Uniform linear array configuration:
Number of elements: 64
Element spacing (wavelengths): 0.25
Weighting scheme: hann
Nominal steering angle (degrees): -15
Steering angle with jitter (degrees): -16.801
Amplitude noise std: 0.05
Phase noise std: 0.05

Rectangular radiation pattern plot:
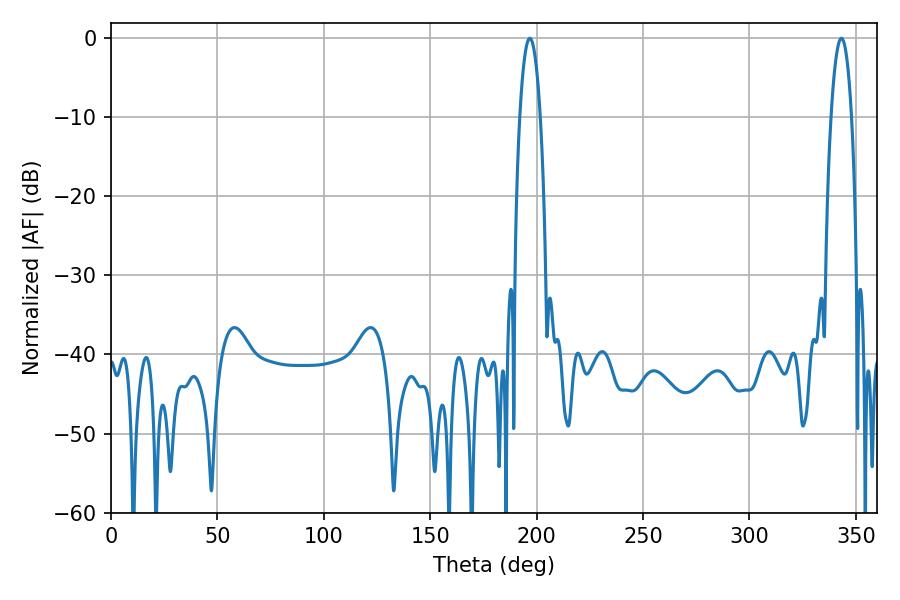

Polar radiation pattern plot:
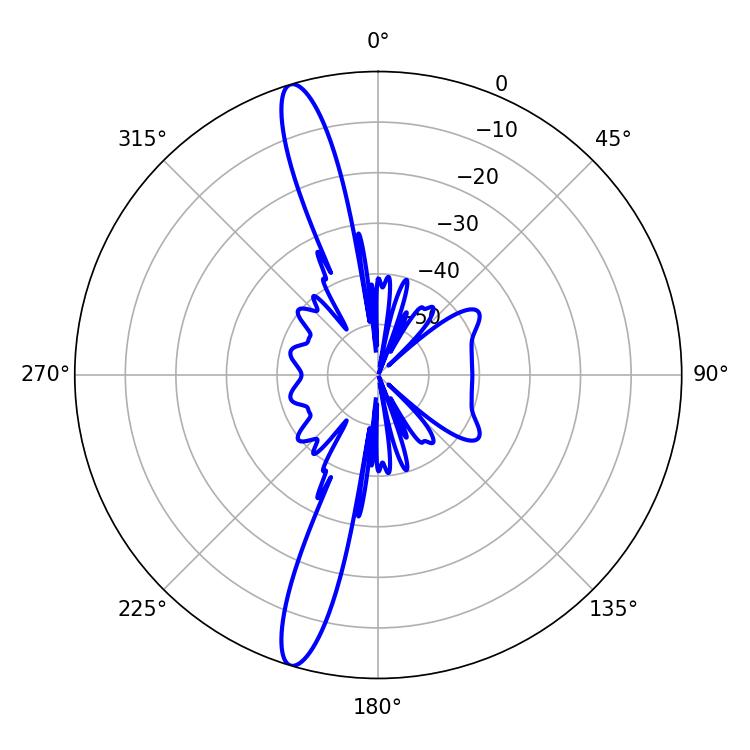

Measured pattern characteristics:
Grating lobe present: FALSE
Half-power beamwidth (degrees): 5.22
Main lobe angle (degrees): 196.74